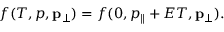
\begin{array} { r } { f ( T , p , \mathbf { p } _ { \perp } ) = f ( 0 , p _ { \parallel } + E T , \mathbf { p } _ { \perp } ) . } \end{array}